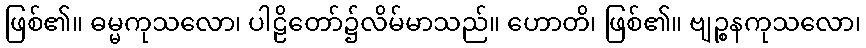
ဖြစ်၏။ ဓမ္မကုသလော၊ ပါဠိတော်၌လိမ်မာသည်။ ဟောတိ၊ ဖြစ်၏။ ဗျဉ္စနကုသလော၊